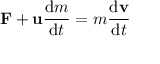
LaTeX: \mathbf { F } + \mathbf { u } { \frac { \mathrm { d } m } { \mathrm { d } t } } = m { \frac { \mathrm { d } \mathbf { v } } { \mathrm { d } t } }